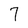
Character: 7